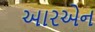
આરએન